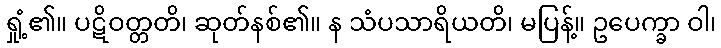
ရှုံ့၏။ ပဋိဝတ္တတိ၊ ဆုတ်နစ်၏။ န သံပသာရိယတိ၊ မပြန့်။ ဥပေက္ခာ ဝါ၊